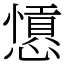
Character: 𢣁